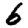
Digit: 6